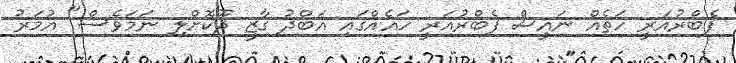
ފެބްރުއަރީ ހަތެއް ނައީސް ފެބްރުއަރީ ހައެއްގައި އަބްދު ގާޒީ ދޫކޮށްލި ނަމަވެސް" އުމަރު